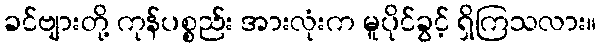
ခင်ဗျားတို့ ကုန်ပစ္စည်း အားလုံးက မူပိုင်ခွင့် ရှိကြသလား။